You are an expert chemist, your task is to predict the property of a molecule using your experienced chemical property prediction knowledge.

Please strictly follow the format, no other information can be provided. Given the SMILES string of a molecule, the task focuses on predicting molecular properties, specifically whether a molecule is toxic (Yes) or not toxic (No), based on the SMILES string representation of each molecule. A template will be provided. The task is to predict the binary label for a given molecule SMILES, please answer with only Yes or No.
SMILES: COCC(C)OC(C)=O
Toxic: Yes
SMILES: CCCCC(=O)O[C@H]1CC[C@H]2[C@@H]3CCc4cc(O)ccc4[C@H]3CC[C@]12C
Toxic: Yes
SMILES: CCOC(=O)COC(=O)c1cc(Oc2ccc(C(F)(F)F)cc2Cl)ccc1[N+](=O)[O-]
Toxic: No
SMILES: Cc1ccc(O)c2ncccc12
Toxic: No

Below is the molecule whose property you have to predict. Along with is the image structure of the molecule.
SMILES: Cc1ccc(S(=O)(=O)NC(=O)NN2CC3CCCC3C2)cc1
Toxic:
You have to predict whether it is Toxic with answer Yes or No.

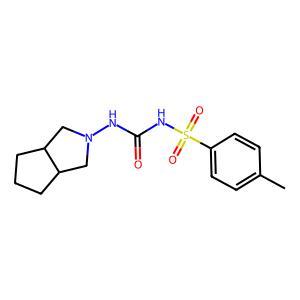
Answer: No